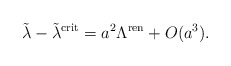
\begin{align*}\tilde\lambda -\tilde\lambda^{\rm crit}=a^2 \Lambda^{\rm ren}+O(a^3).\end{align*}